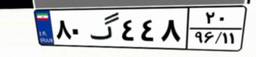
۸۱گ۱۰۷۶۴